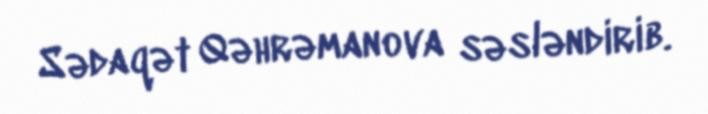
Sədaqət Qəhrəmanova səsləndirib.